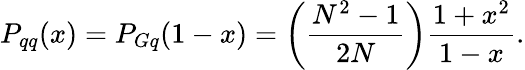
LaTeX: P_{qq}(x)=P_{Gq}(1-x)=\left({\frac{N^{2}-1}{2N}}\right){\frac{1+x^{2}}{1-x}}.